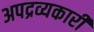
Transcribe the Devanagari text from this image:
अपद्रव्यकारी